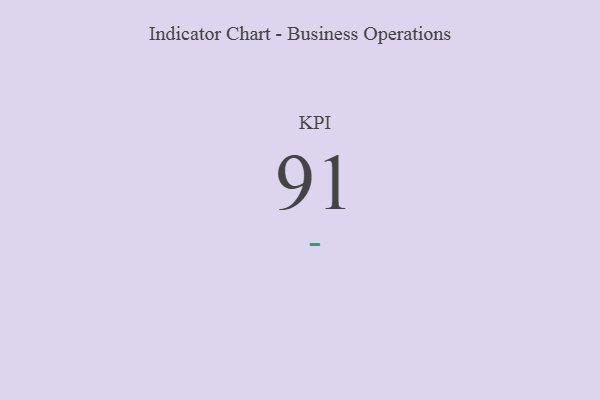
{"axis": {"x": "KPI", "y": "Value"}, "legend": [""], "data": [{"x": "KPI", "y": 91, "type": ""}]}